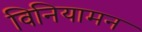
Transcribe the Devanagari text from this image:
विनियामन